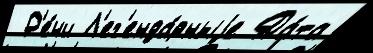
 Р'е́чи Л'ег'енда́рныjе Да́та